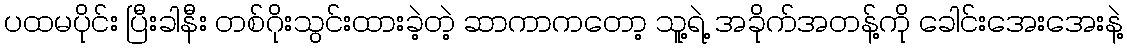
ပထမပိုင်း ပြီးခါနီး တစ်ဂိုးသွင်းထားခဲ့တဲ့ ဆာကာကတော့ သူ့ရဲ့ အခိုက်အတန့်ကို ခေါင်းအေးအေးနဲ့